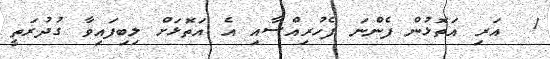
1  އަރި އަތޮޅުން ފެންނަ ފެހުރިއްސާއި އެ އަތޮޅަށް ލިބިފައިވާ ގުދުރަތީ